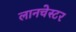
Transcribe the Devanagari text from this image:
लानचेस्टर